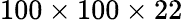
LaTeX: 100\times 100\times 22